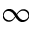
\infty